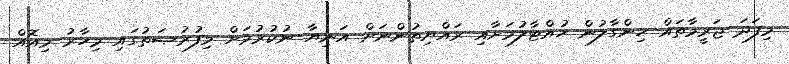
މިފަދަ ޖަރީމާތައް ހިންގާލުން ހުއްޓާލުމަށާއި ރައްޔިތުންނަށް އަނިޔާ ނުކުރުމަށް މިފުރުޞަތުގައި މިހާރު މިއޮއް